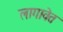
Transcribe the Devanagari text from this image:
लागावेत